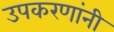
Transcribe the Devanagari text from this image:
उपकरणांनी